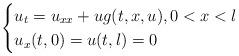
LaTeX: \begin{align*} \begin{cases} u_t=u_{xx}+ug(t,x,u),0<x<l\cr u_x(t,0)=u(t,l)=0\end{cases}\end{align*}